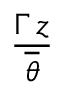
\frac { \Gamma \, z } { \overline { { \theta } } }